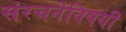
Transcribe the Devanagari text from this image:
संरचनेविषयी